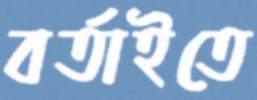
বর্তাইতে